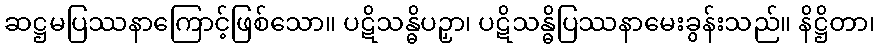
ဆဋ္ဌမပြဿနာကြောင့်ဖြစ်သော။ ပဋိသန္ဓိပဉှာ၊ ပဋိသန္ဓိပြဿနာမေးခွန်းသည်။ နိဋ္ဌိတာ၊